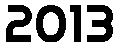
2013